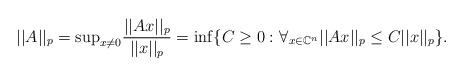
LaTeX: \begin{align*}||A||_p = \mathrm{sup}_{x\neq0}\frac{||Ax||_p}{||x||_p} = \mathrm{inf} \lbrace C\geq0 \, \colon \forall_{x\in \mathbb{C}^n} ||Ax||_p\leq C||x||_p \rbrace.\end{align*}